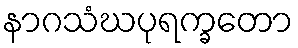
နာဂသံဃပုရက္ခတော